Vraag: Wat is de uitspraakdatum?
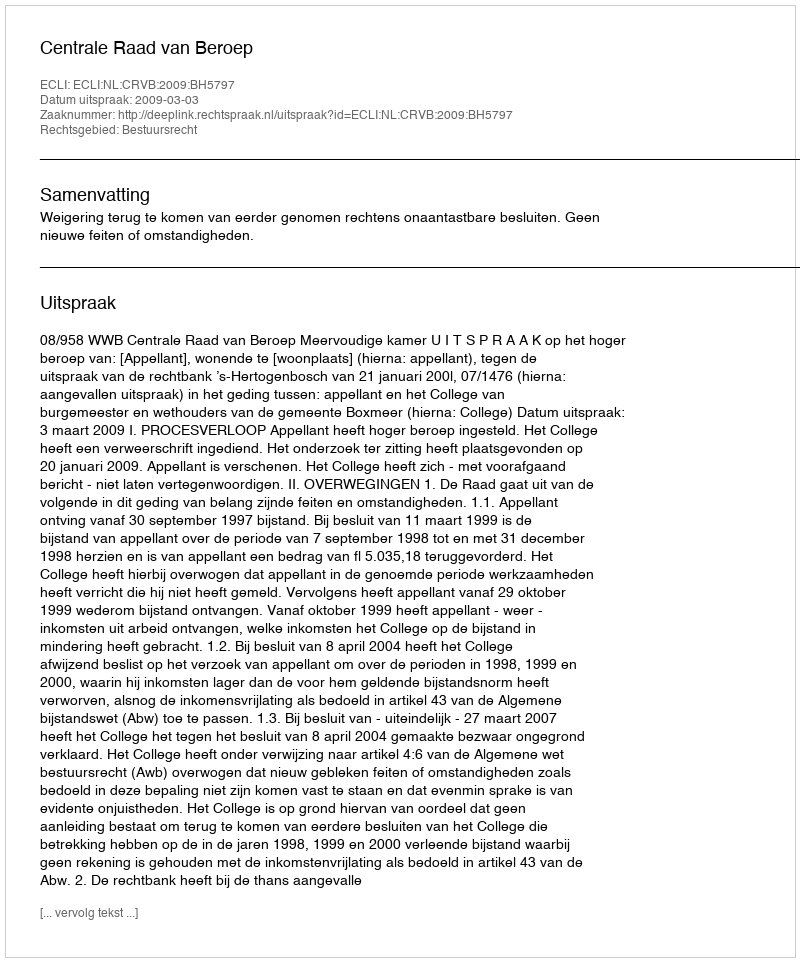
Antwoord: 2009-03-03